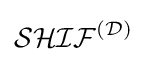
{\mathcal {SHIF}}^{\mathcal {(D)}}